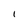
Character: 1